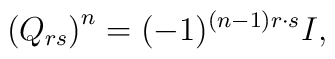
\left( Q_{rs}\right) ^n=(-1)^{(n-1)r\cdot s}I,